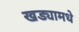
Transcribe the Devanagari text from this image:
खड्यामधे